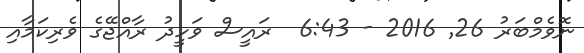
ނޮވެމްބަރު 26